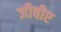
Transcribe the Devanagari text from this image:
जीबीए